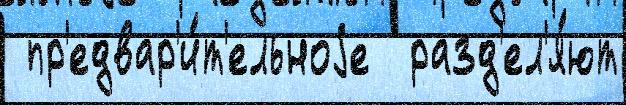
 пр'едвар'и́т'ельноjе  разд'ел'я́ют